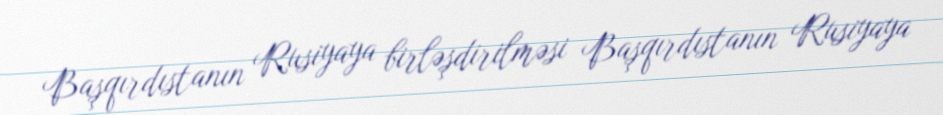
Başqırdıstanın Rusiyaya birləşdirilməsi Başqırdıstanın Rusiyaya